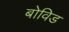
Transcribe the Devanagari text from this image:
बोविड